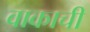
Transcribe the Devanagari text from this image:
वाकाची